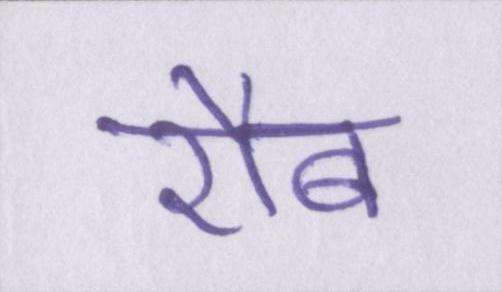
रौब